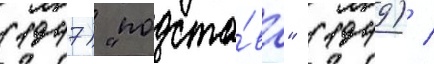
(1947) "подста́ва" (1949) /